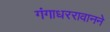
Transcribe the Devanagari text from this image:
गंगाधररावानने